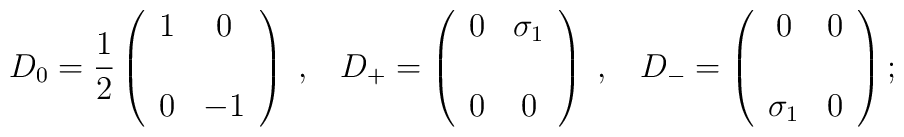
D_0=\frac{1}{2}\left(\begin{array}{cc}1&0 \\ \\ 0&-1\end{array}\right) \; ,\;\;\;D_+=\left(\begin{array}{cc}0&\sigma_1 \\ \\ 0&0\end{array}\right) \; ,\;\;\;D_-=\left(\begin{array}{cc}0&0 \\ \\ \sigma_1&0\end{array}\right);